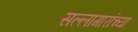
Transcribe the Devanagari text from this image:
सल्लागारांच्या